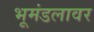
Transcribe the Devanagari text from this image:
भूमंडलावर